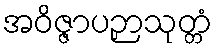
အဝိဇ္ဇာပဉှာသုတ္တံ